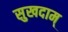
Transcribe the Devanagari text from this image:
सुखदाम्